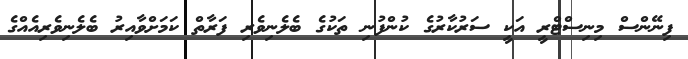
ފިނޭންސް މިނިސްޓްރީ އަކީ ސަރުކާރުގެ ކުންފުނި ތަކުގެ ބެލެނިވެރި ފަރާތް ކަމަށްވާއިރު ބެލެނިވެރިއެއްގެ